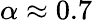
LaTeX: \alpha\approx 0.7